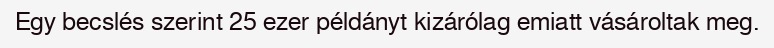
Egy becslés szerint 25 ezer példányt kizárólag emiatt vásároltak meg.